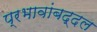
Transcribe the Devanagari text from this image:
प्रभावांबद्दल